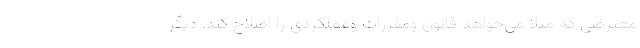
معترضی که مثلا می‌خواهد قانون ومقررات وعملکردی را اصلاح کند، دیگر